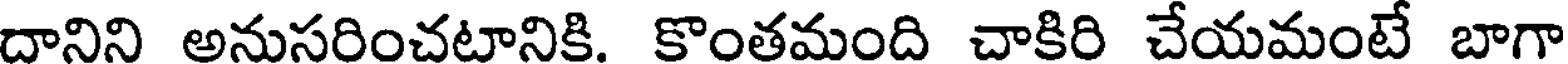
దానిని అనుసరించటానికి. కొంతమంది చాకిరి చేయమంటే బాగా